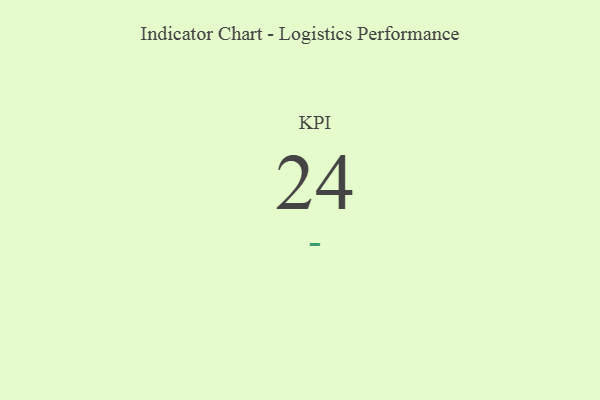
{"axis": {"x": "KPI", "y": "Value"}, "legend": [""], "data": [{"x": "KPI", "y": 24, "type": ""}]}